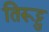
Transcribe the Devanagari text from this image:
तिरूट्टु